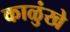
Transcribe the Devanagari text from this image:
काळुंखे